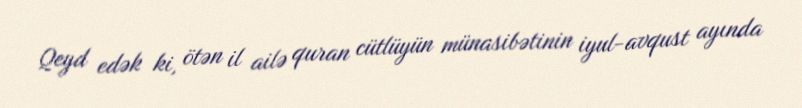
Qeyd edək ki, ötən il ailə quran cütlüyün münasibətinin iyul-avqust ayında